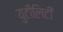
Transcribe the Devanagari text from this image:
युटीलिटी